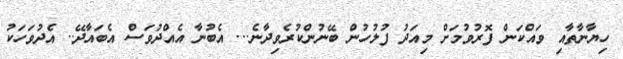
ހިޔާނާތާއި ވައްކަން ފޮރުވުމަށް މިއަދު ފުލުހުން ބޭނުންކުރެވިދާނެ... އެބުނާ އެއްދުވަސް އެބައާދޭ.. އެދުވަހަކު